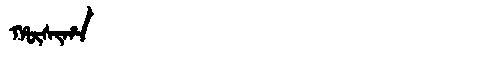
Manchu: ᡥᡡᠰᡳᡥᠠ
Romanization: HŪSIHA